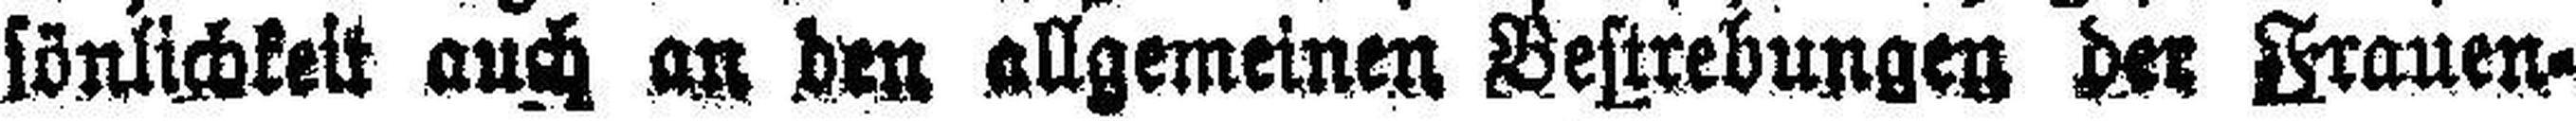
sönlichkeit auch an den allgemeinen Bestrebungen der Frauen¬